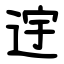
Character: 䢓